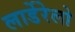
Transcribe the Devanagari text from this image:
लार्डेरेलो